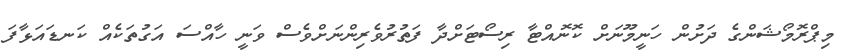
މިޕްރޮމޯޝަންގެ ދަށުން ހަނީމޫނަށް ކޮނޮއްޓާ ރިސޯޓަށްދާ ފަތުރުވެރިންނަށްވެސް ވަނީ ހާއްސަ އަގުތަކެއް ކަނޑައަޅާފަ